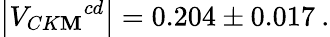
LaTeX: \left|{V_{CK\mathbf{M}}}^{cd}\right|=0.204\pm0.017\: .